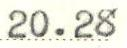
20.28